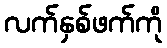
လက်နှစ်ဖက်ကို